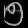
Digit: ၅